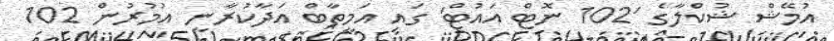
އުމޭޝް ޝުކްލާގެ '102 ނޮޓް އައުޓް' ގައި އަމީތާބް އަދާކުރާނީ އުމުރުން 102